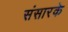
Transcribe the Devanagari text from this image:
संसारके